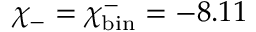
\chi _ { - } = \chi _ { \mathrm { b i n } } ^ { - } = - 8 . 1 1